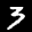
Label: 3